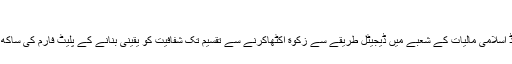
"
انہوں نے کہا کہ "یہ ایوارڈ اسلامی مالیات کے شعبے میں ڈیجیٹل طریقے سے زکوة اکٹھاکرنے سے تقسیم تک شفافیت کو یقینی بنانے کے پلیٹ فارم کی ساکھ کو مزید مضبوط کرتاہے۔